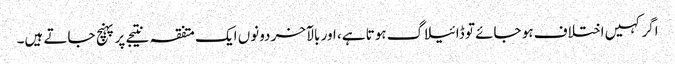
اگر کہیں اختلاف ہو جائے تو ڈائیلاگ ہوتا ہے، اور بالآخر دونوں ایک متفقہ نتیجے پر پہنچ جاتے ہیں۔